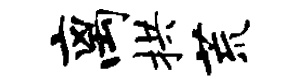
离拱荒